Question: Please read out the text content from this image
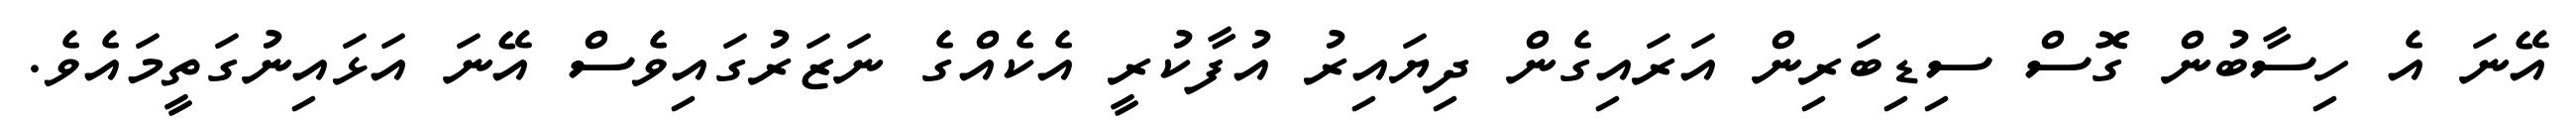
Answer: އޭނަ އެ ހިސާބުން ގޮސް ސިޑިބަރިން އަރައިގެން ދިޔައިރު އުފާކުރީ އެކެއްގެ ނަޒަރުގައިވެސް އޭނަ އަޅައިނުގަތީމައެވެ.